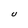
Character: U